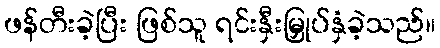
ဖန်တီးခဲ့ပြီး ဖြစ်သူ ရင်းနှီးမြှုပ်နှံခဲ့သည်။